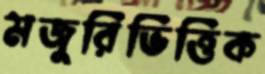
মজুরিভিত্তিক